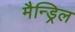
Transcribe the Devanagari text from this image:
मैन्ड्रिल